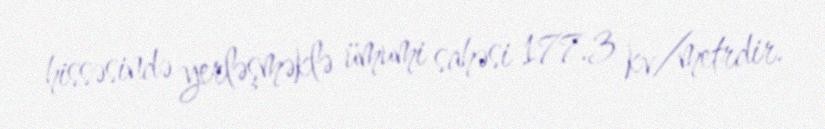
hissəsində yerləşməklə ümumi sahəsi 177.3 kv/metrdir.